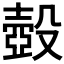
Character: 𰚈